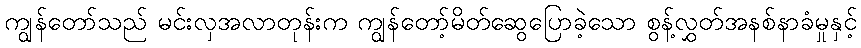
ကျွန်တော်သည် မင်းလှအလာတုန်းက ကျွန်တော့်မိတ်ဆွေပြောခဲ့သော စွန့်လွှတ်အနစ်နာခံမှုနှင့်